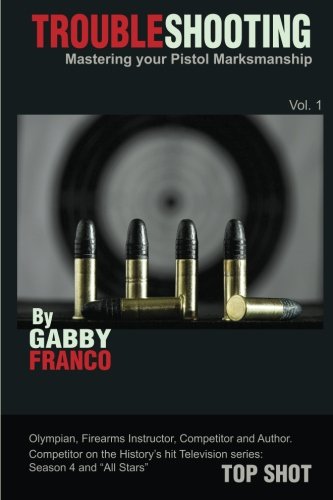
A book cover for TroubleShooting: Mastering your Pistol Marksmanship, Vol. 1; Gabby Franco; Sports & Outdoors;